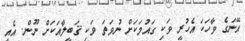
އޭނަގެ ވާހަކަ އެހުރީ ވަކި ގައުމަކަށް ނުވަތަ ވަކި ޤަބީލާއަކަށް ނޫން. އެއީ